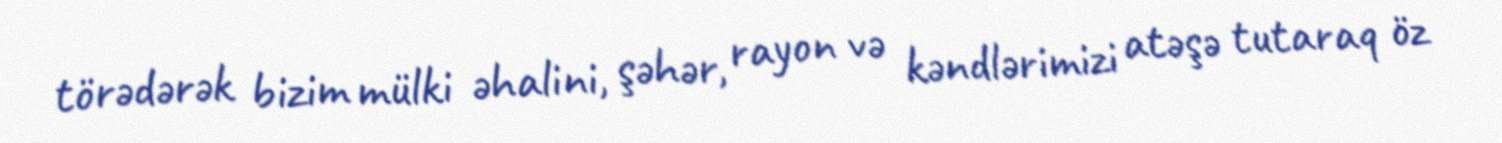
törədərək bizim mülki əhalini, şəhər, rayon və kəndlərimizi atəşə tutaraq öz